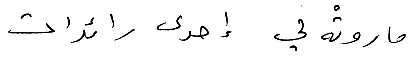
ما روتْه لي إحدى رائدات